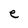
Character: e